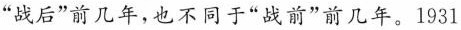
“战后”前几年，也不同于”战前”前几年。1931